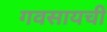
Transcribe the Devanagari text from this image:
गवसायची